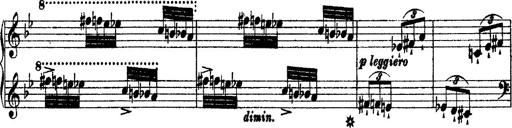
Title: 2 KonzertetÃ¼den
Composer: Franz Liszt